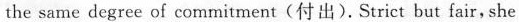
the same degree ol commitment(付出),Strict bur lair,she